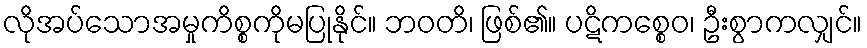
လိုအပ်သောအမှုကိစ္စကိုမပြုနိုင်။ ဘဝတိ၊ ဖြစ်၏။ ပဋိကစ္စေဝ၊ ဦးစွာကလျှင်။